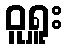
ဝူရှူး